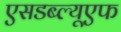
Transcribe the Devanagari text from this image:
एसडब्ल्यूएफ